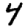
Digit: 4